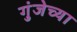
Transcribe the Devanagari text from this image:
गुंजेच्या